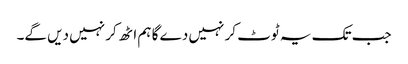
جب تک یہ ٹوٹ کر نہیں دے گا ہم اٹھ کر نہیں دیں گے۔